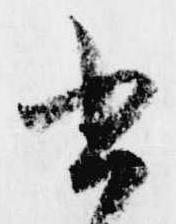
書